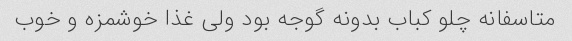
متاسفانه چلو کباب بدونه گوجه بود ولی غذا خوشمزه و خوب